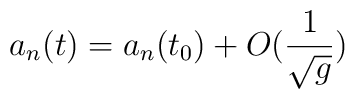
a_n(t) = a_n(t_0) + O(\frac{1}{\sqrt{g}})